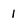
Character: 1